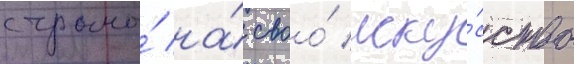
страны́ на́ своо́ иску́сство